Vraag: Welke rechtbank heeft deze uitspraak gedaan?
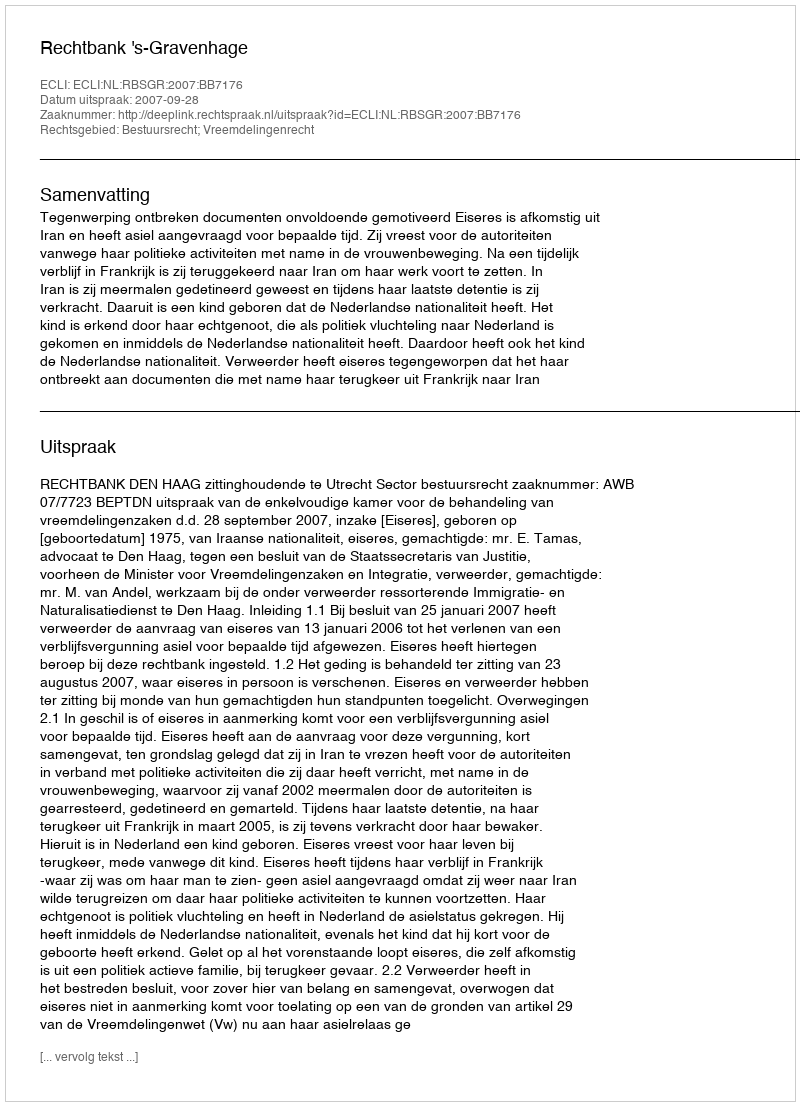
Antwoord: Rechtbank 's-Gravenhage